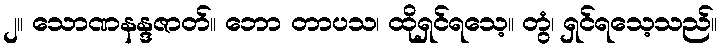
၂။ သောဏနန္ဒဇာတ်။ ဘော တာပသ၊ ထိုရှင်ရသေ့။ တွံ၊ ရှင်ရသေ့သည်။